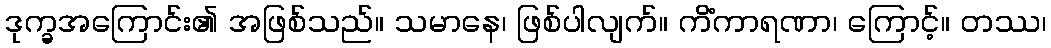
ဒုက္ခအကြောင်း၏ အဖြစ်သည်။ သမာနေ၊ ဖြစ်ပါလျက်။ ကိံကာရဏာ၊ ကြောင့်။ တဿ၊